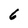
Character: 6